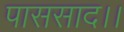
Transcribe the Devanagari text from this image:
पाससाद।।